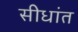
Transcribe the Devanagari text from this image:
सीधांत